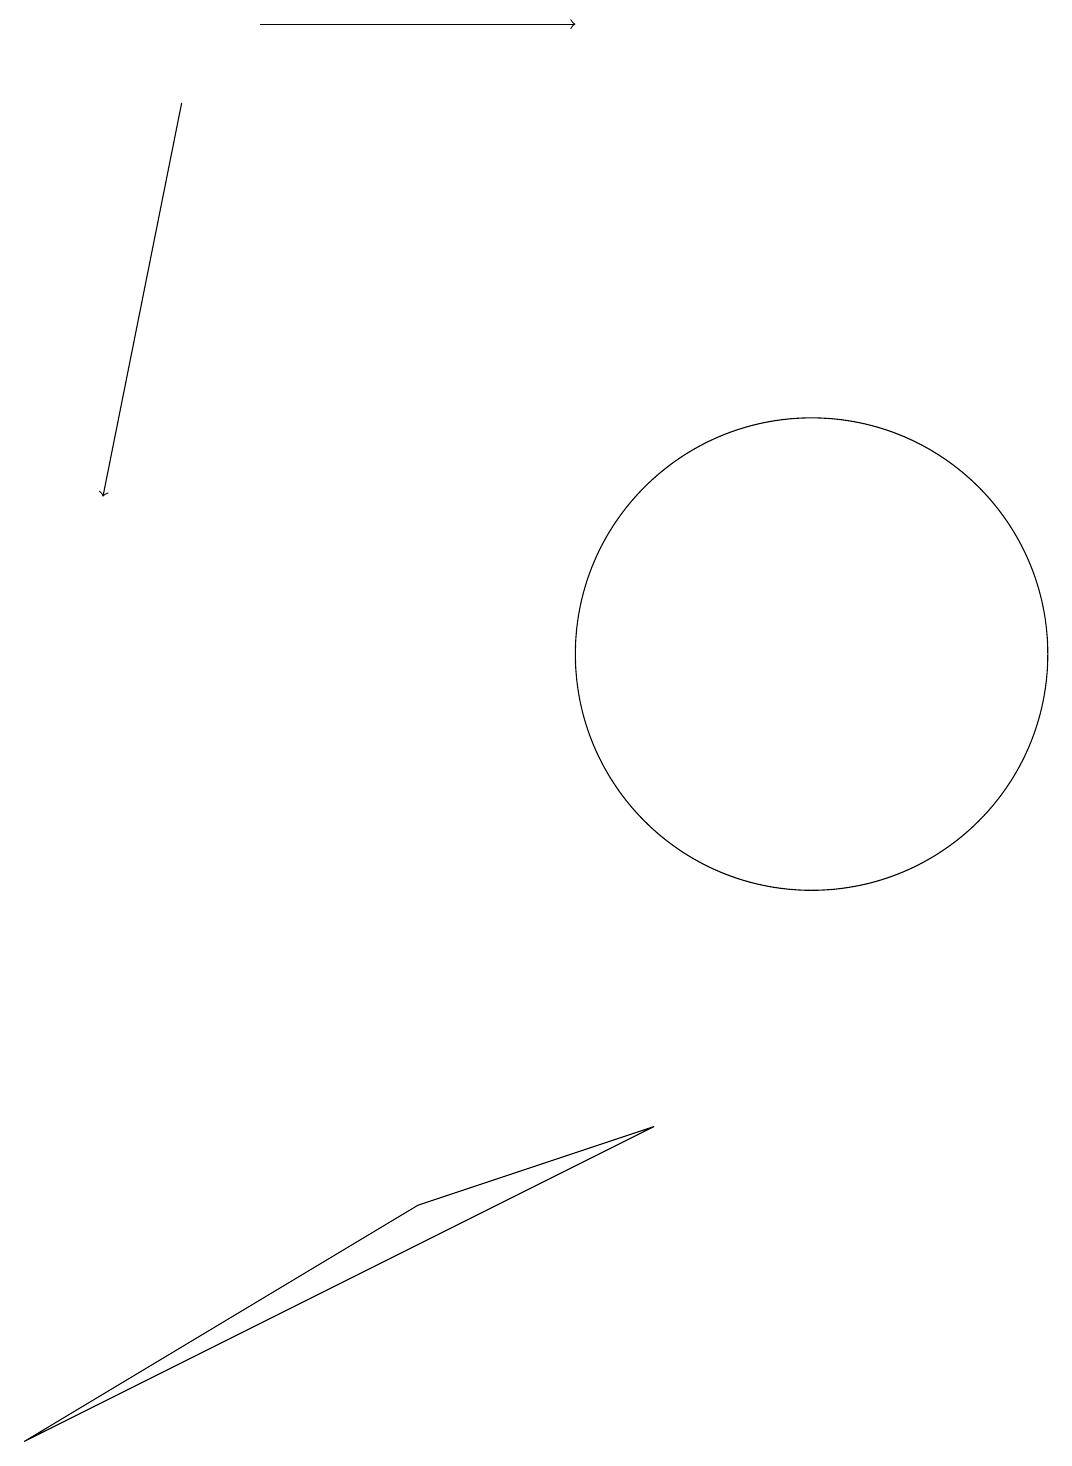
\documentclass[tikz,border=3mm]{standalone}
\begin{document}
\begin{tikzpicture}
\draw[->] (2,18) -- (1,13);
\draw (8,5) -- (0,1) -- (5,4) -- cycle;
\draw[->] (3,19) -- (7,19);
\draw (10,11) circle (3);
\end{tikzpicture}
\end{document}